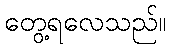
တွေ့ရလေသည်။